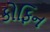
કોફિન